Annual report of the Punjab Veterinary College and of the Civil Veterinary Department, Punjab - 1909-1919
Year: 1909
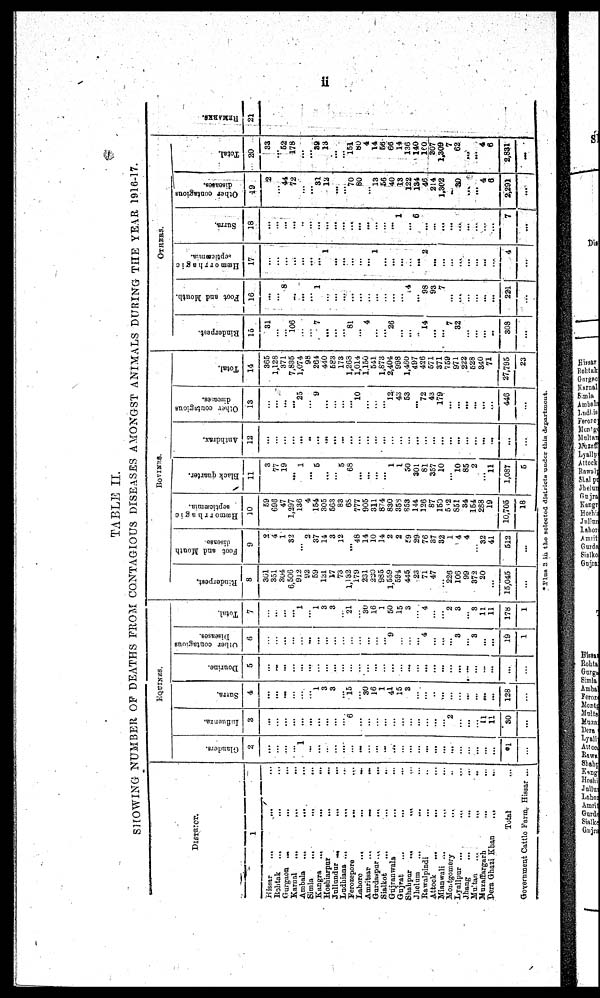
ii
TABLE II.
SHOWING NUMBER OP DEATHS FROM CONTAGIOUS DISEASES AMONGST ANIMALS DURING THE YEAR 1916-17.
DISTRTCT.
1
Hissar
...
...
Rohtak ... ... ...
Gurgaon ... ... ...
Karnal
...
...
...
Ambala
...
... ...
Simla
...
...
...
Kangra
...
...
...
Hoshiarpur
... ...
Jullandur
...
...
...
Ladhiana
...
... ...
Ferozepore
... ...
Lahore
...
...
...
Amritsar ...
...
...
Gurdaspur
...
...
...
Sialkot
...
...
..
Gujranwala
... ...
Gujrat ... ... ...
Shahpur
...
... ...
Jhelum ... ... ...
Rawalpindi ... ...
Attock ... ... ...
Mianwali
... ... ...
Montgomery ... ...
Lyallpur ... ... ...
Jhang ... ... ...
Multan
...
...
...
Muzaffargnrh
...
...
Dera Ghazi Khan
... ...
Total ...
Government Cattle Farm, Hissar ...
EQUINES.
Glanders.
2
...
...
...
...
1
...
...
...
...
...
...
...
...
...
...
...
...
...
...
...
...
...
...
...
...
...
...
*1
...
Ifluenza.
3
...
...
...
...
...
...
...
...
...
...
6
....
...
...
...
...
...
...
...
...
...
...
2
...
...
...
11
11
30
...
Sutra.
4
...
...
...
...
...
...
1
3
3
...
15
...
30
16
1
4l
15
3
...
...
...
...
...
...
...
...
...
...
128
...
Dourine.
5
...
...
...
...
...
...
...
...
...
...
...
...
...
...
...
...
...
...
...
...
...
...
...
...
...
...
...
...
...
...
Other contagious
Diseases.
6
...
...
...
...
...
...
...
...
...
...
...
...
...
...
...
9
...
...
...
4
...
...
...
3
...
3
...
...
19
1
Total.
7
...
1
1
3
3
...
21
...
30
16
1
50
15
3
...
4
...
...
2
3
...
3
11
11
178
1
BOVINES
Rinderpest.
8
361
351
304
6,506
912
92
59
121
17
73
1,132
179
231
220
985
1,559
594
445
23
71
47
...
226
106
99
372
20
...
15,045
...
Foot and Mouth
9
2
4
1
32
...
2
37
14
3
12
...
48
14
10
14
2
2
59
29
76
37
32
1
4
4
...
32
41
512
...
Hæmorrhagic
septicæmia.
10
59
698
47
1,297
136
4
154
305
563
83
68
777
905
311
8 4
830
358
853
144
126
87
150
5 2
851
34
154
283
19
10,705
18
Black quarter.
11
3
77
19
...
1
...
5
...
...
5
68
...
...
...
...
1
1
50
301
81
357
10
...
10
85
2
...
11
1,087
5
Anthdrax.
12
...
...
...
...
...
..
...
...
...
...
...
...
...
...
...
...
...
...
...
...
...
...
...
...
...
...
Other coutngious
diseases
13
...
...
...
...
25
...
9
...
...
...
...
10
...
...
...
12
43
53
...
72
43
179
...
...
...
...
...
...
446
...
Total.
14
365
1,128
371
7,835
1,074
98
264
440
583
173
1,268
1,014
1,150
541
1,873
2,404
998
1,460
497
426
571
371
759
971
222
528
340
71
27,795
23
OTHERS.
Rinderpest.
16
31
...
...
106
...
...
7
...
...
...
81
...
4
...
...
26
...
...
...
14
...
...
7
32
...
...
...
...
308
...
Foot and Mouth.
16
...
...
8
...
...
...
1
...
...
...
...
...
...
...
...
...
...
14
...
98
93
7
...
...
...
...
...
...
221
...
Hæmorrhagic
septicæmia.
17
...
...
...
...
...
...
1 ...
...
...
...
...
...
1
...
...
...
...
...
2
...
...
...
...
...
...
...
....
4
...
Surra.
18
...
...
...
...
...
...
...
...
...
...
...
...
...
...
...
1
...
6
...
...
...
...
...
...
...
...
...
7
...
Other contagions
diseases.
1
49
2
...
44
72
...
...
31
12
...
...
70
80
...
13
56
40
13
122
134
46
214
1,302
...
30
...
...
4
6
2,291
...
Total.
20
33
...
52
178
...
...
39
13
...
...
153
80
4
14
56
66
14
136
140
160
307
1,309
7
62
...
...
4
6
2,831
...
REMARKS
21
*Plus
3 in the selected districts under
this
department.